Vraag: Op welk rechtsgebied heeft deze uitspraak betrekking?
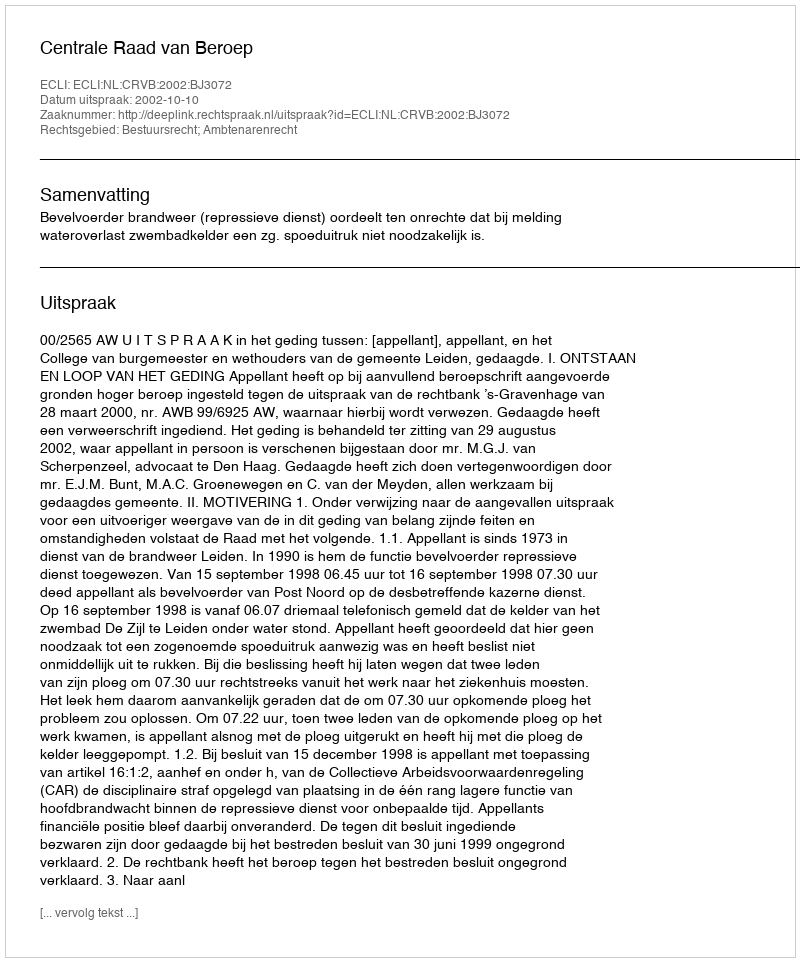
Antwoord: Bestuursrecht; Ambtenarenrecht